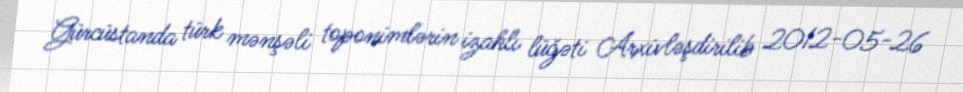
Gürcüstanda türk mənşəli toponimlərin izahlı lüğəti Arxivləşdirilib 2012-05-26